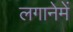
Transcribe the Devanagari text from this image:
लगानेमें